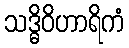
သဒ္ဓိဝိဟာရိကံ